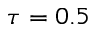
\tau = 0 . 5